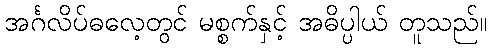
အင်္ဂလိပ်ဓလေ့တွင် မစ္စက်နှင့် အဓိပ္ပါယ် တူသည်။